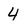
Character: 4